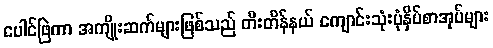
ပေါင်ဖြဲကာ အကျိုးဆက်များဖြစ်သည် တီးတိန်နယ် ကျောင်းသုံးပုံနှိပ်စာအုပ်များ